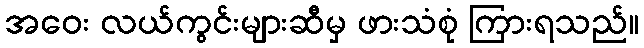
အဝေး လယ်ကွင်းများဆီမှ ဖားသံစုံ ကြားရသည်။